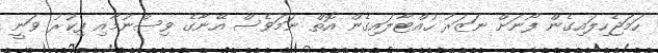
ހަމަޖެހިލައިގެން ފޯނަށް ނަޒަރު ހުއްޓާލައިގެން އޮތް ނަމަވެސް އޭނާގެ ވިސްނުމާއި ފިކުރު ވަނީ